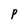
Character: P